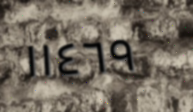
١١٤٦٩